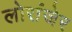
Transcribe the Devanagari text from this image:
लोरांंजेर